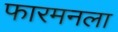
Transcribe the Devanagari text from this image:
फारमनला